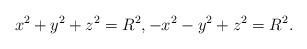
LaTeX: \begin{align*}x^2+y^2+z^2=R^{2}, -x^2-y^2+z^2=R^{2}.\end{align*}